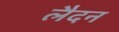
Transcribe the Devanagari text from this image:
लैदन